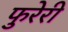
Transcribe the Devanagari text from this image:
फुरेरी